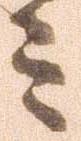
ミ